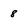
Character: 8